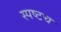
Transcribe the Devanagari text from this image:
स्पष्टच